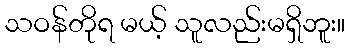
သဝန်တိုရ မယ့် သူလည်းမရှိဘူး။